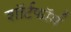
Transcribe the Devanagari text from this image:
शॉर्टफॉर्म